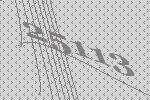
25113